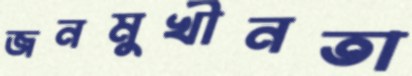
জনমুখীনতা